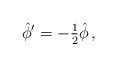
\begin{align*}\hat{\phi}^{\prime}=-{\textstyle\frac{1}{2}}\hat{\phi}\, ,\end{align*}